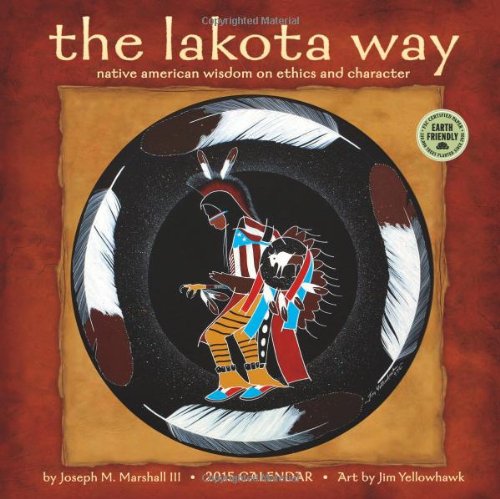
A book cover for Lakota Way: Native American Wisdom on Ethics and Character 2015 Wall Calendar; Jospeh M. Marshall III; Calendars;